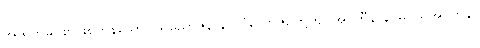
အထက်မဂ်စာဖြစ်ကုန်သော။ သညောဇနာနိ၊ သံယောဇဉ်တို့ကို။ အပ္ပဟီနာနိ၊ မပယ်အပ်ကုန်။